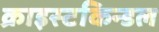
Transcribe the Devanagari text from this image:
क्राइस्टकिन्डल